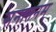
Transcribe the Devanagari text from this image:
सनातनम्